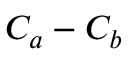
C _ { a } - C _ { b }